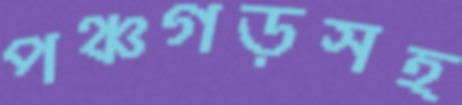
পঞ্চগড়সহ